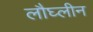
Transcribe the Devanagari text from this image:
लौघ्लीन